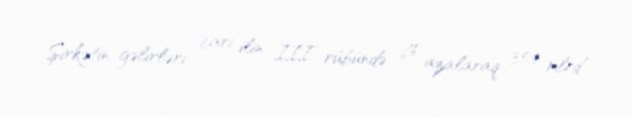
Şirkətin gəlirləri cari ilin III rübündə 6% azalaraq 35,9 mlrd.